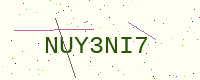
Text: NUY3NI7